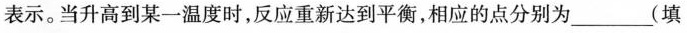
表示。当升高到某一温度时，反应重新达到平衡，相应的点分别为____(填